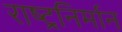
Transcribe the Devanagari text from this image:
राष्ट्रनिर्मान